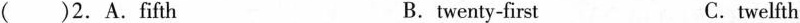
( )2.A.fifth B.twenty-first C.twelfth